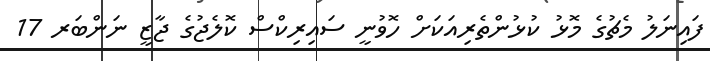
ފައިނަލު މެޗުގެ މޮޅު ކުޅުންތެރިއަކަށް ހޮވުނީ ސައިރިކްސް ކޮލެޖުގެ ޖާޒީ ނަންބަރ 17